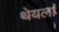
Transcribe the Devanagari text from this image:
थेयलां